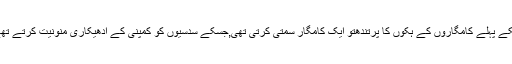
اسکے پہلے کامگاروں کے ہکوں کا پرتندھتو ایک کامگار سمتی کرتی تھی,جسکے سدسیوں کو کمپنی کے ادھیکاری منونیت کرتے تھے۔